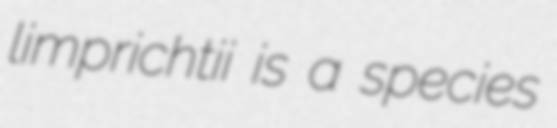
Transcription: limprichtii is a species